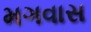
મગવાસ